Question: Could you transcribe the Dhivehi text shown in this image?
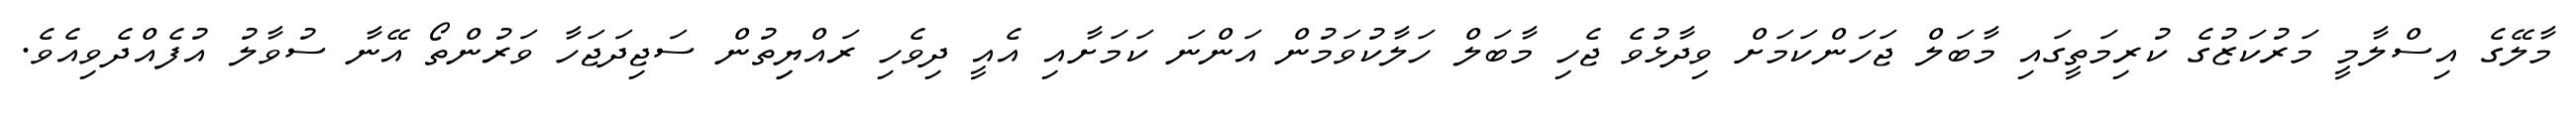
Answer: މާލޭގެ އިސްލާމީ މަރުކަޒުގެ ކުރިމަތީގައި މާބަލް ޖަހަންކަމަށް ވިދާޅުވެ ޖެހި މާބަލް ހަލާކުވަމުން އަންނަ ކަމަށާއި އެއީ ދިވެހި ރައްޔިިތުން ސަޖިދަޖަހާ ވަރުންތޯ އޭނާ ސުވާލު އުފެއްދެވިއެވެ.